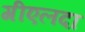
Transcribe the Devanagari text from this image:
गीएलदा